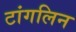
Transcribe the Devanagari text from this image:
टांगलिन